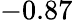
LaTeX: -0.87